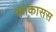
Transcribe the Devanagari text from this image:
काकासस